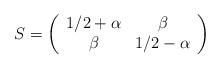
LaTeX: \begin{align*}S=\left(\begin{array}{cc}1/2+\alpha&\beta\\\beta&1/2-\alpha\end{array}\right)\end{align*}